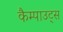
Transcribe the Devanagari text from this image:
कैम्पाउट्स